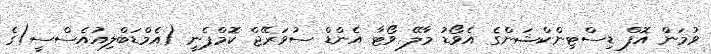
ވުމަން އޮފް ޑިސްޓިންކްޝަންގެ އެވޯޑު މާލޭ ވޯޓާ އެންޑް ސުވަރޭޖް ކޮމްޕެނީ (އެމްޑަބްލިއުއެސްސީ)ގެ